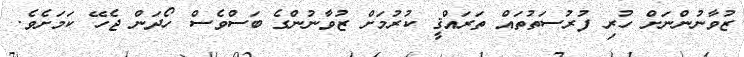
ޒުވާނުންނަށް ހުރި ފުރުސަތުތައް ތަރައްޤީ ކުރުމަށް ޒުވާނުންގެ ބަސްވެސް ހޯދަން ޖެހޭ ކަމަށެވެ.